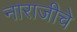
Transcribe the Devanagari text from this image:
नाराजीचे